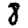
Digit: 8